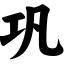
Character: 巩